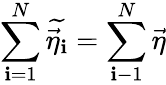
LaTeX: \sum_{\mathbf{i}=1}^{N}\widetilde{{\vec{{\eta}}_{\mathbf{i}}}}=\sum_{\mathbf{i}-1}^{N}\vec{{\eta}}